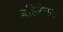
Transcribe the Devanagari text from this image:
बहिरंभट